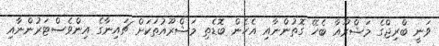
ވަނީ ބްރިޖްގެ މަޝްރޫއާ ބެހޭ ގޮތުންނާއި އެހެން ބޮޑެތި މަޝްރޫއުތަކަށް ޗައިނާގެ އިންވެސްޓަރުންނާއި